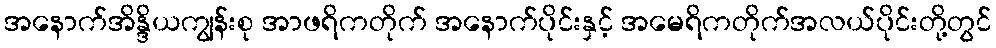
အနောက်အိန္ဒိယကျွန်းစု အာဖရိကတိုက် အနောက်ပိုင်းနှင့် အမေရိကတိုက်အလယ်ပိုင်းတို့တွင်